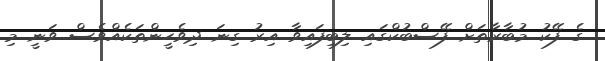
ގެ ފޭކު މުބާރާތަށް ފޭސްބުކްގައި ލިބިފައިވާ އިރު ގިނަ ދިވެހީންތަކެއްވެސް ވަނީ މި